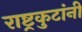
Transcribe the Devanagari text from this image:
राष्ट्रकुटांनी